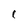
Character: 1